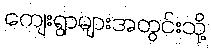
ကျေးရွာများအတွင်းသို့